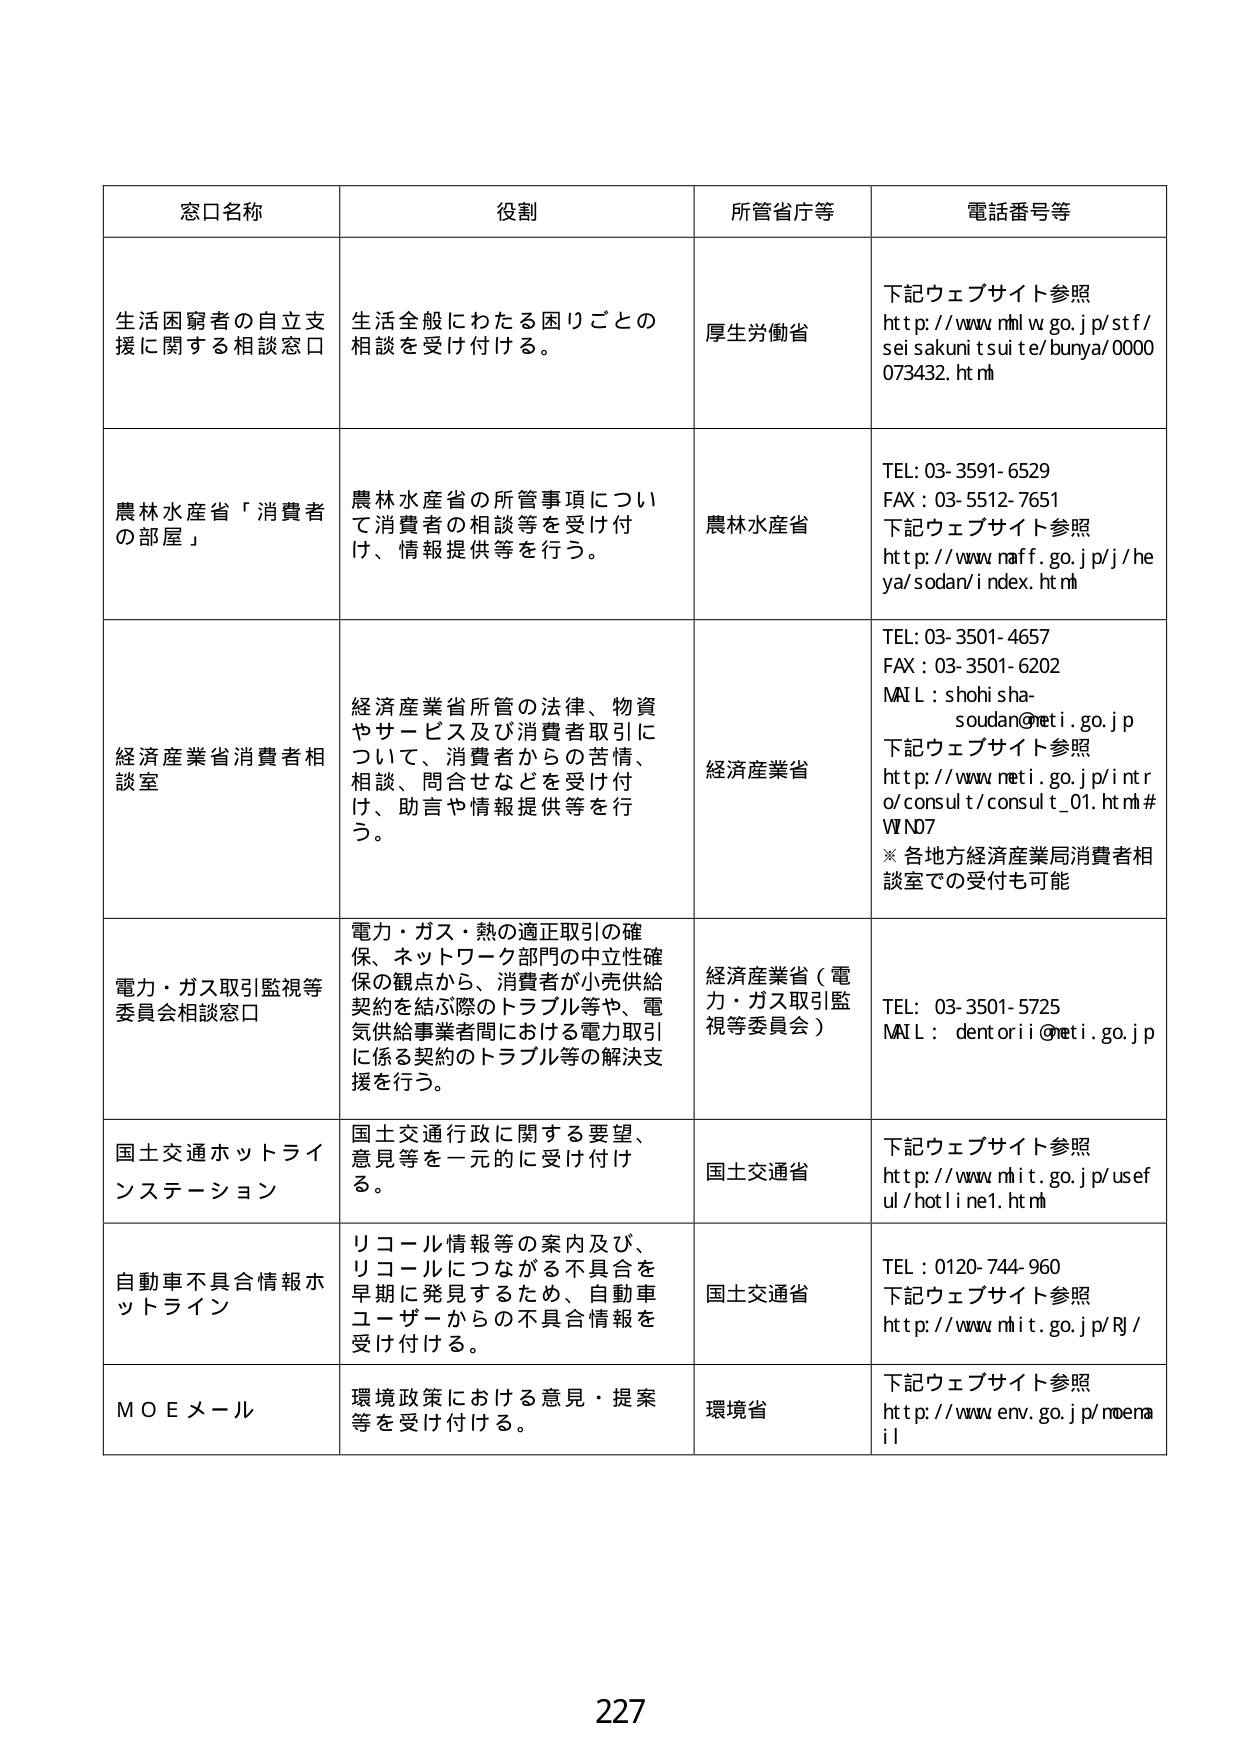
窓口名称　役割　所管省庁等　電話番号等

生活困窮者の自立支援に関する相談窓口　生活全般にわたる困りごとの相談を受け付ける。　厚生労働省　下記ウェブサイト参照 http://www.mhlw.go.jp/stf/seisakunitsuite/bunya/000073432.html

農林水産省「消費者の部屋」　農林水産省の所管事項について消費者の相談等を受け付け、情報提供等を行う。　農林水産省　TEL: 03-3591-6529 FAX: 03-5512-7651 下記ウェブサイト参照 http://www.maff.go.jp/j/heyasodan/index.html

経済産業省消費者相談室　経済産業省所管の法律、物資やサービス及び消費者取引について、消費者からの苦情、相談、問合せなどを受け付け、助言や情報提供等を行う。　経済産業省　TEL: 03-3501-4657 FAX: 03-3501-6202 MAIL: shohisha-soudan@meti.go.jp 下記ウェブサイト参照 http://www.meti.go.jp/intro/consult/consult_01.html#WIND7 ※各地方経済産業局消費者相談室での受付も可能

電力・ガス取引監視等委員会相談窓口　電力・ガス・熱の適正取引の確保、ネットワーク部門の中立性確保の観点から、消費者が小売供給契約を結ぶ際のトラブル等や、電気供給事業者間における電力取引に係る契約のトラブル等の解決支援を行う。　経済産業省（電力・ガス取引監視等委員会）　TEL: 03-3501-5725 MAIL: dentorii@meti.go.jp

国土交通ホットラインステーション　国土交通行政に関する要望、意見等を一元的に受け付ける。　国土交通省　下記ウェブサイト参照 http://www.mlit.go.jp/useful/hotline1.html

自動車不具合情報ホットライン　リコール情報等の案内及び、リコールにつながる不具合を早期に発見するため、自動車ユーザーからの不具合情報を受け付ける。　国土交通省　TEL: 0120-744-960 下記ウェブサイト参照 http://www.mlit.go.jp/RJ/

MOEメール　環境政策における意見・提案等を受け付ける。　環境省　下記ウェブサイト参照 http://www.env.go.jp/moemail

227